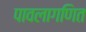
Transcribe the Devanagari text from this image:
पावलागणित